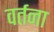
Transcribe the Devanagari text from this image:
वर्तना